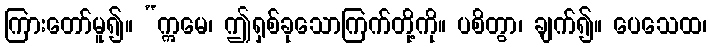
ကြားတော်မူ၍။ “ဣမေ၊ ဤရှစ်ခုသောကြက်တို့ကို။ ပစိတွာ၊ ချက်၍။ ပေသေထ၊